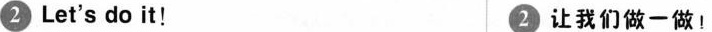
② Let's do it! ② 让我们做-做!